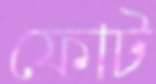
ফোট